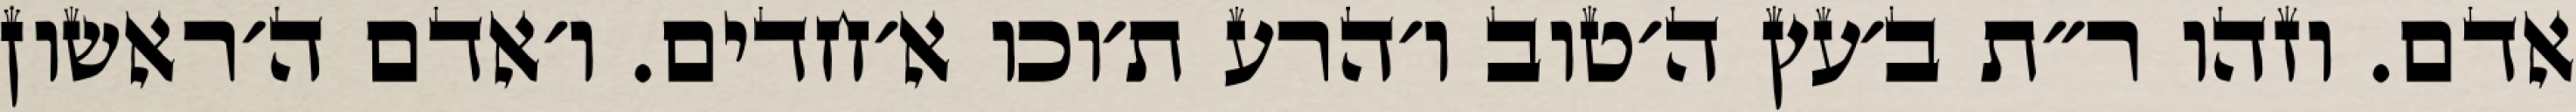
אדם. וזהו ר״ת ב׳עץ ה׳טוב ו׳הרע ת׳וכו א׳חדים. ו׳אדם ה׳ראשון